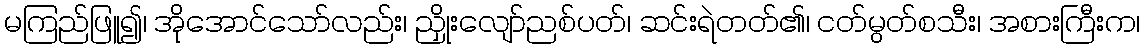
မကြည်ဖြူ၍၊ အိုအောင်သော်လည်း၊ ညှိုးလျော်ညစ်ပတ်၊ ဆင်းရဲတတ်၏၊ ငတ်မွတ်စသီး၊ အစားကြီးက၊